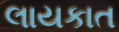
લાયકાત